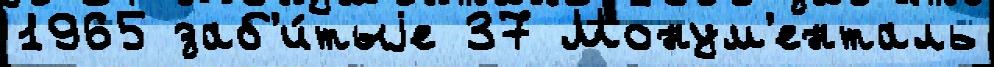
1965 заб'и́тыjе 37 Монум'енталь